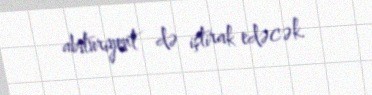
abituriyent də iştirak edəcək.